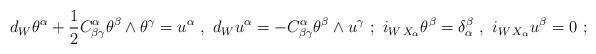
LaTeX: \begin{align*}d_W\theta^\alpha +{1\over 2} C^{\alpha}_{\beta\gamma}\theta^\beta\wedge \theta^\gamma = u^\alpha\ ,\ {}d_W u^\alpha = - C^{\alpha}_{\beta\gamma} \theta^\beta \wedge u^\gamma\ ;\ {}i_{W\,X_\alpha}\theta^\beta=\delta_\alpha^\beta\ ,\ {}i_{W\,X_\alpha} u^\beta=0\ ;\end{align*}